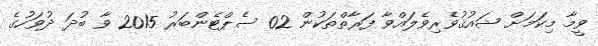
ވީމާ މިކަަމަށް ޝައުޤުވެރިވެލައްވާ ފަރާތްތަކުން 02 ސެޕްޓެންބަރު 2015 ވާ ބުދަ ދުވަހުގެ